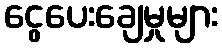
ငွေပေးချေမှုများ